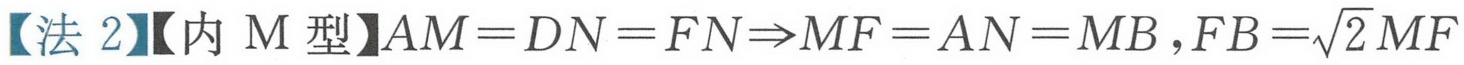
【法 2】【内 M 型】\(AM = DN = FN\Rightarrow MF = AN = MB,FB=\sqrt{2}MF\)